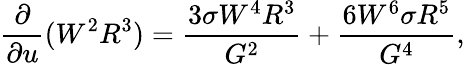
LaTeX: \frac{\partial}{\partial u}(W^{2}R^{3})=\frac{3\sigma W^{4}R^{3}}{G^{2}}+\frac{6W^{6}\sigma R^{5}}{G^{4}},